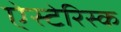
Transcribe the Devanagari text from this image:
ऐस्टेरिस्क